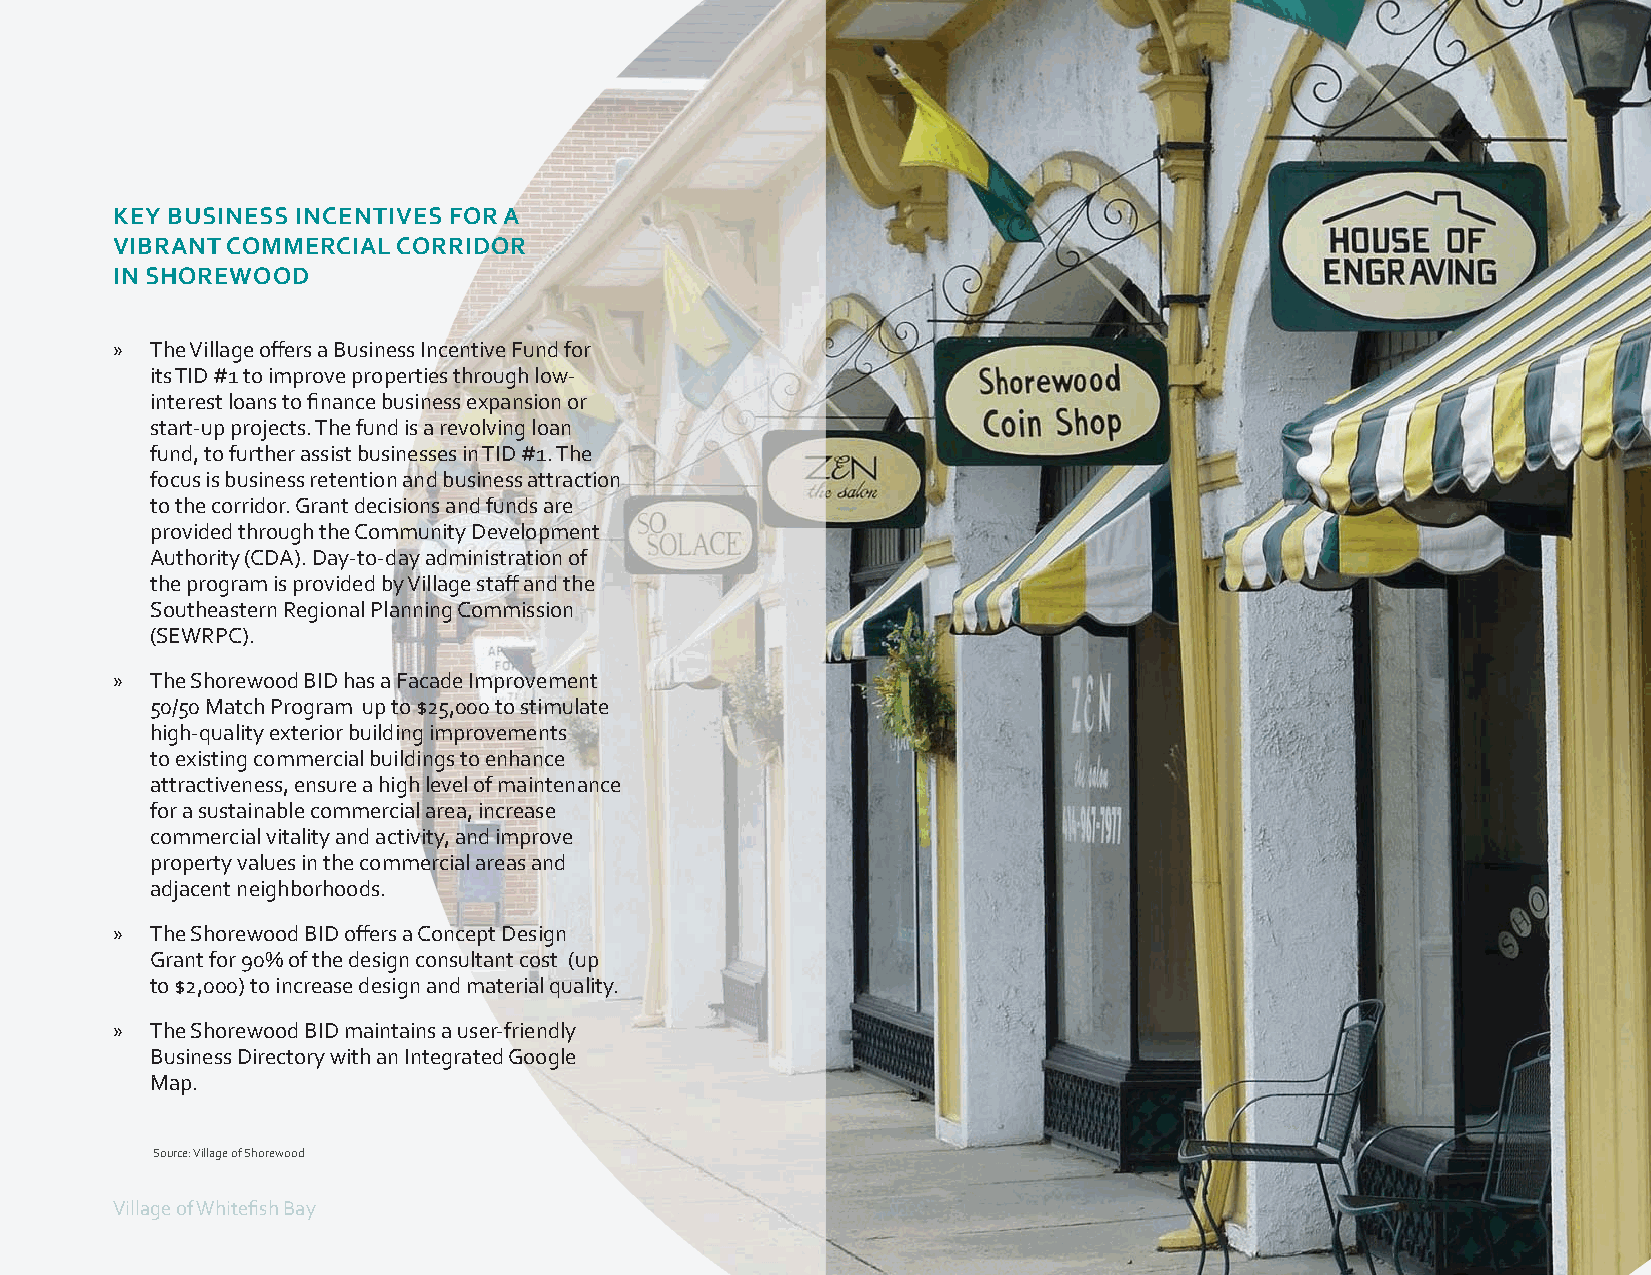
KEY BUSINESS INCENTIVES FOR A
 VIBRANT COMMERCIAL CORRIDOR
 IN SHOREWOOD
 »  The Village off ers a Business Incentive Fund for
 its TID #1 to improve properties through low-
 interest loans to fi nance business expansion or
 start-up projects. The fund is a revolving loan
 fund, to further assist businesses in TID #1. The
 focus is business retention and business attraction
 to the corridor. Grant decisions and funds are
 provided through the Community Development
 Authority (CDA). Day-to-day administration of
 the program is provided by Village staff and the
 Southeastern Regional Planning Commission
 (SEWRPC).
 »  The Shorewood BID has a Facade Improvement
 50/50 Match Program up to $25,000 to stimulate
 high-quality exterior building improvements
 to existing commercial buildings to enhance
 attractiveness, ensure a high level of maintenance
 for a sustainable commercial area, increase
 commercial vitality and activity, and improve
 property values in the commercial areas and
 adjacent neighborhoods.
 »  The Shorewood BID off ers a Concept Design
 Grant for 90% of the design consultant cost (up
 to $2,000) to increase design and material quality.
 »  The Shorewood BID maintains a user-friendly
 Business Directory with an Integrated Google
 Map.
 Source: Village of Shorewood
 VViillllaaggee ooff WWhhiitteefifi sshh BBaayy                                     DRAFT       | 5555